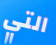
التي